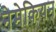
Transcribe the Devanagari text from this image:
नेमेकियन